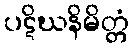
ပဋိဃနိမိတ္တံ